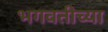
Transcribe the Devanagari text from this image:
भगवतीच्या